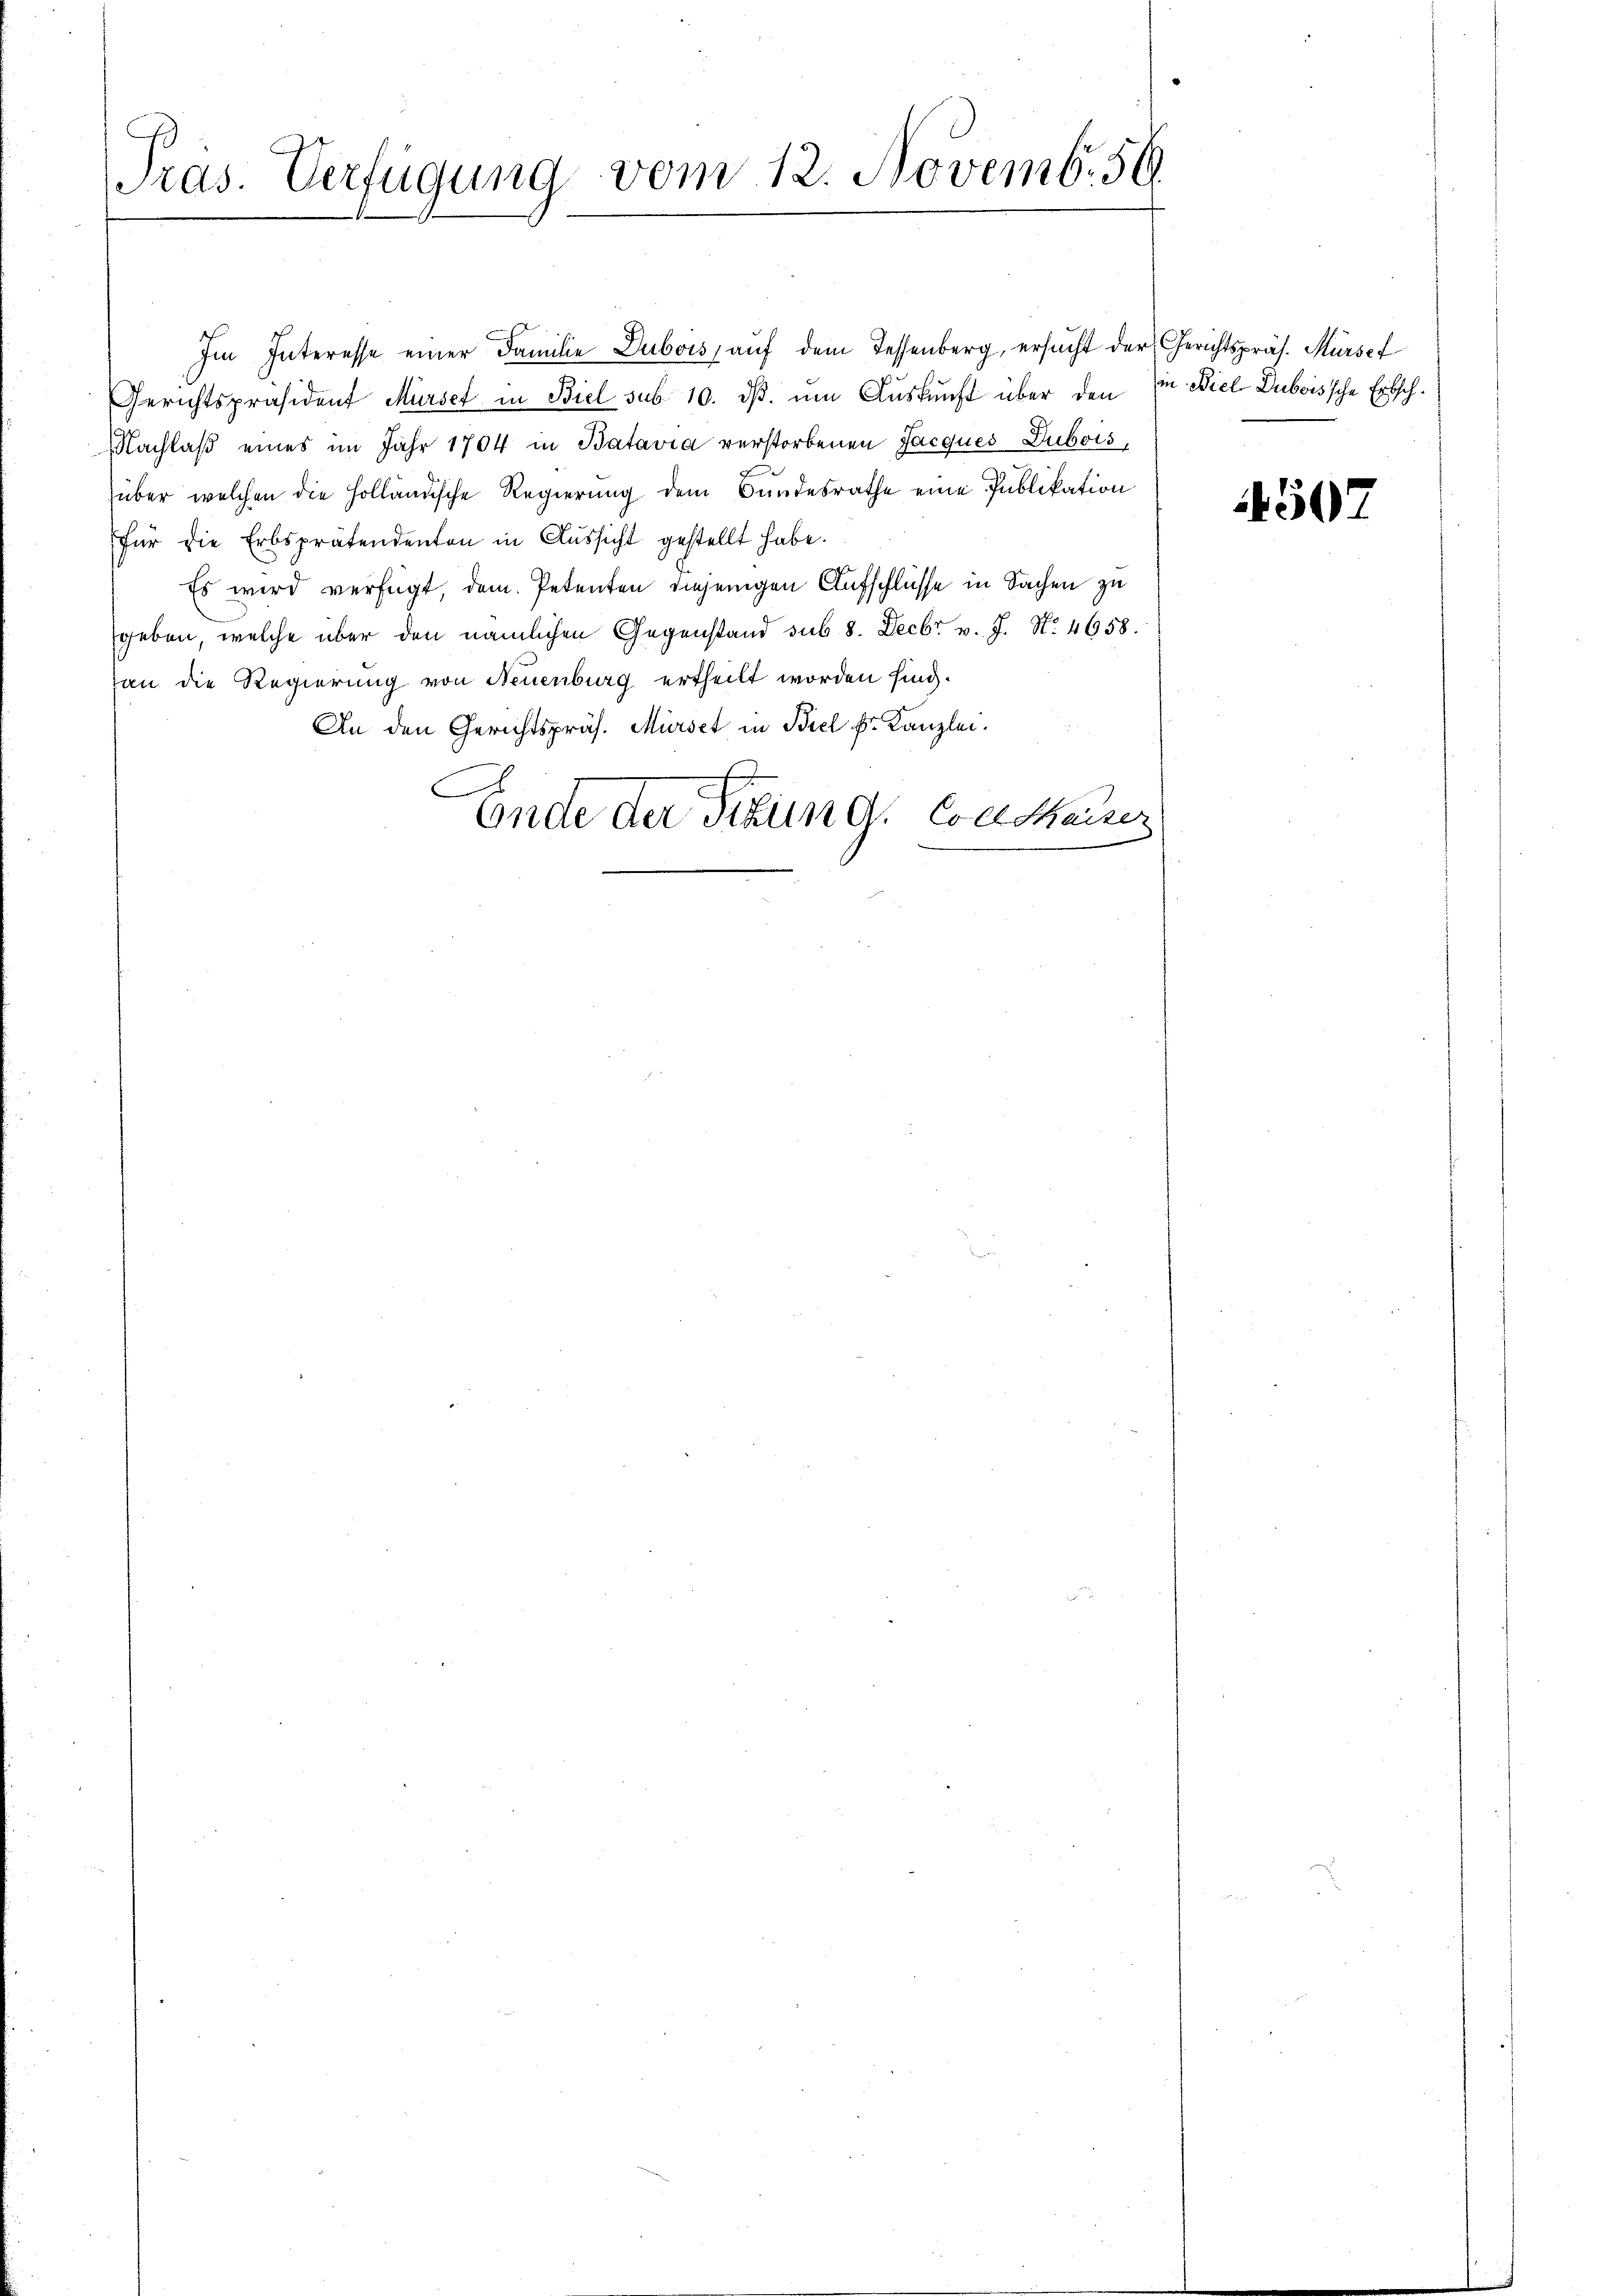
Pras. Verfügung vom 12. Novemb. 59.

Im Interesse einer Familie Dubois, aŭf dem Tessenberg, ersŭcht der Gerichtspräs. Mürsef
Gerichtspräsident Mürset in Biel sub. 10. dβ. um Auskunft über den in Biel-Duboissche Erbsch¬
Nachlaβ eines im Jahr 1704 in Batavia verstorbenen Jacques Dubois,
über welchen die Holländische Regierŭng dem Bundesrathe eine Publikation
für die Erbsprätendenten in Aussicht gestellt habe.
Es wird verfügt, dem Petenten diejenigen Aufschlüsse in Sachen zu
geben, welche über den nämlichen Gegenstand sub 8. Decbr v. J. No. 4658.
han die Regierung von Neuenburg ertheilt worden sind.
An den Gerichtspräs. Mürdet in Biel Fr. Kanzlei.
C
Ende der Sitzung, Concurrer

4507